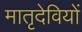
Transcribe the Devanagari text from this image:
मातृदेवियों